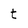
Character: t